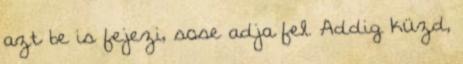
azt be is fejezi, sose adja fel. Addig küzd,